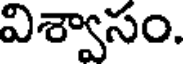
విశ్వాసం.